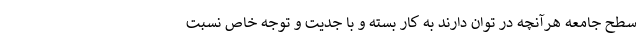
سطح جامعه هرآنچه در توان دارند به کار بسته و با جدیت و توجه خاص نسبت